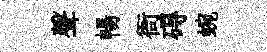
聲暢衙碍蜿